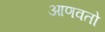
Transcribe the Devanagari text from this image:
आणवतो